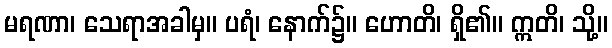
မရဏာ၊ သေရာအခါမှ။ ပရံ၊ နောက်၌။ ဟောတိ၊ ရှိ၏။ ဣတိ၊ သို့။